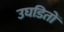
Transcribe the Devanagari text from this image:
उघडितों